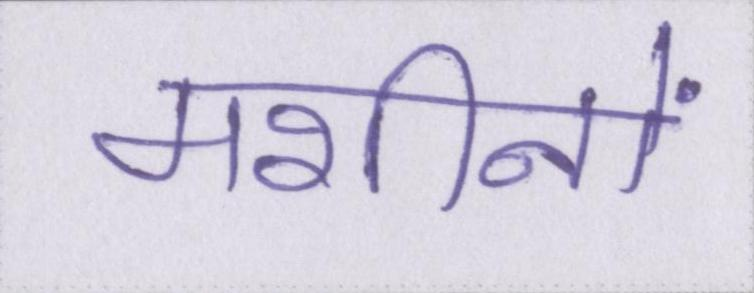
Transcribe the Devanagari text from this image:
मशीनों